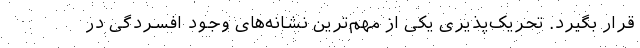
قرار بگیرد. تحریک‌پذیری یکی از مهم‌ترین نشانه‌های وجود افسردگی در